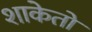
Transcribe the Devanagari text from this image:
शाकेतो